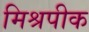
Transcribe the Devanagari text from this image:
मिश्रपीक